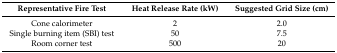
| Representative Fire Test | Heat Release Rate (kW) | Suggested Grid Size (cm) |
 | --- | --- | --- |
 | Cone calorimeter | 2 | 2.0 |
 | Single burning item (SBI) test | 50 | 7.5 |
 | Room corner test | 500 | 20 |